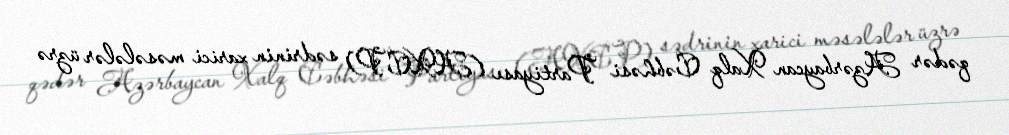
qədər Azərbaycan Xalq Cəbhəsi Partiyası (AXCP) sədrinin xarici məsələlər üzrə